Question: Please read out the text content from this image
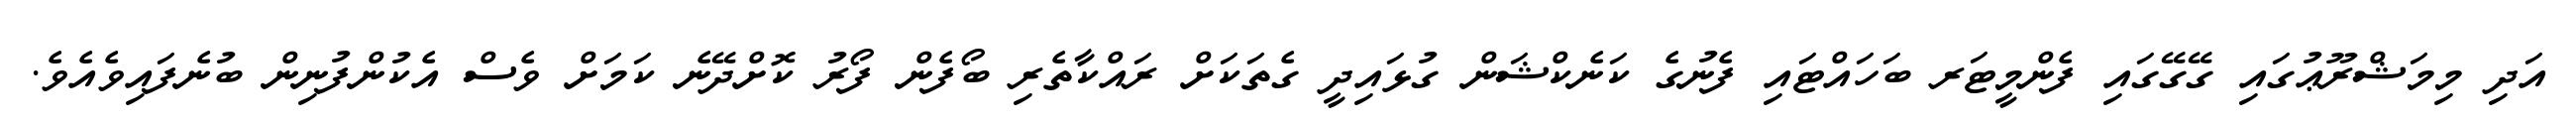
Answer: އަދި މިމަޝްރޫޢުގައި ގޭގޭގައި ފެންމީޓަރ ބަހައްޓައި ފެނުގެ ކަނެކްޝަން ގުޅައިދީ ގެތަކަށް ރައްކާތެރި ބޯފެން ފޯރު ކޮށްދޭނެ ކަމަށް ވެސް އެކުންފުނިން ބުނެފައިވެއެވެ.